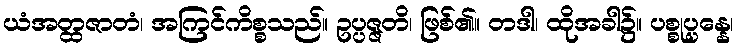
ယံအတ္ထဇာတံ၊ အကြင်ကိစ္စသည်။ ဥပ္ပဇ္ဇတိ၊ ဖြစ်၏။ တဒါ၊ ထိုအခါ၌။ ပစ္စုပ္ပန္နေ၊